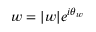
w = | w | e ^ { i \theta _ { w } }